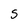
Character: S